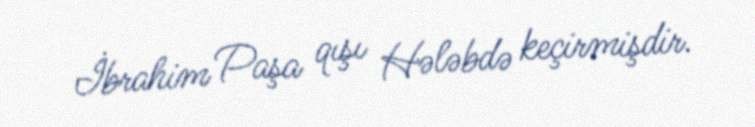
İbrahim Paşa qışı Hələbdə keçirmişdir.